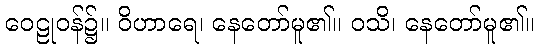
ဝေဠုဝန်၌။ ဝိဟာရေ၊ နေတော်မူ၏။ ဝသိ၊ နေတော်မူ၏။